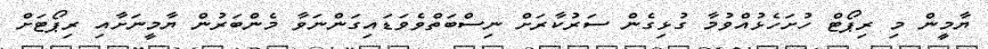
ޔާމީން މި ރިޕޯޓް ހުށަހެޅުއްވުމާ ގުޅިގެން ސަރުކާރަށް ނިސްބަތްވެވަޑައިގަންނަވާ މެންބަރުން ޔާމީނަށާއި ރިޕޯޓަށް